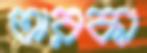
তারকা